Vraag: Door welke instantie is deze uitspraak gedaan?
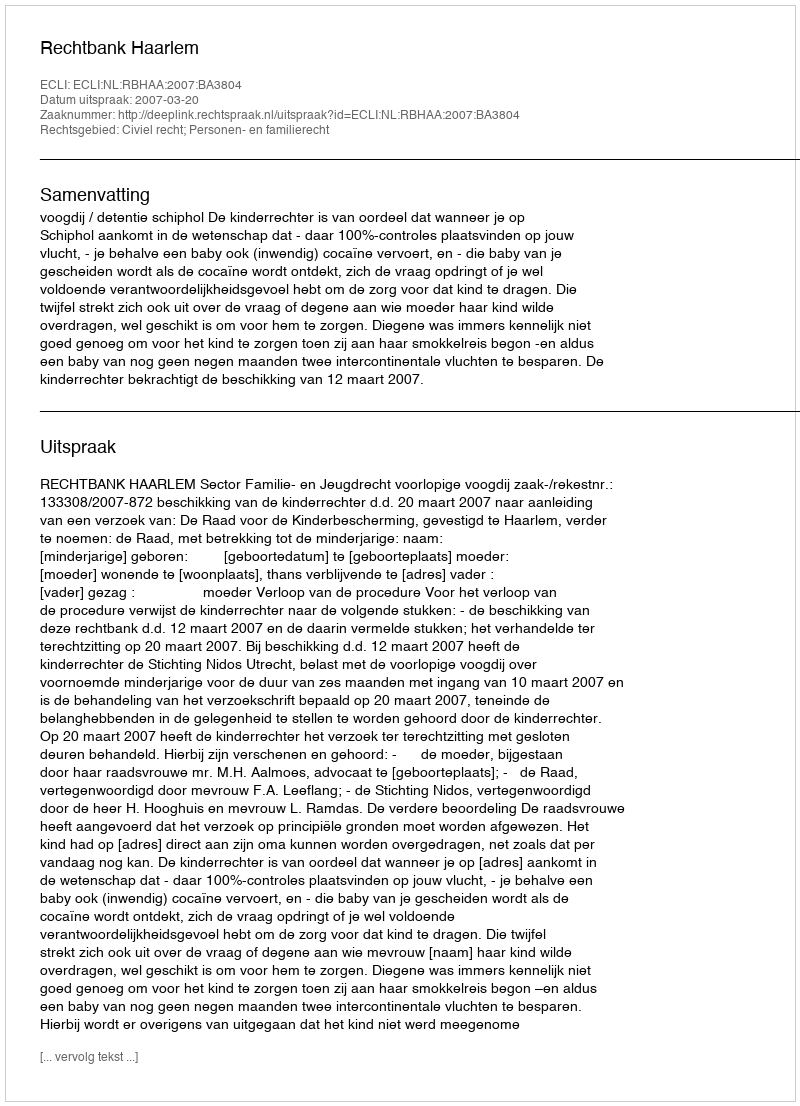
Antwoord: Rechtbank Haarlem